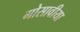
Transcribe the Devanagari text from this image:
गोसावीया